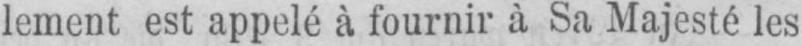
lement est appelé à fournir à Sa Majesté les